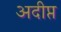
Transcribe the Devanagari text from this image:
अदीप्त